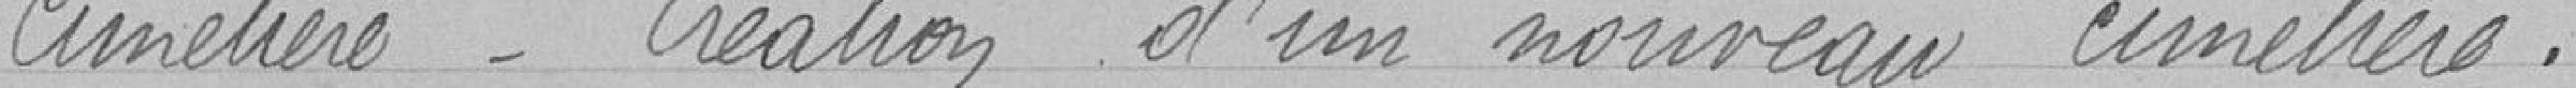
Cimetière - Création d'un nouveau cimetière.